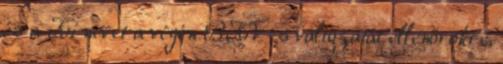
és a Ki nevet a végén BKV-s változatát ellenőrökre,